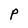
Character: P